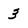
Character: 3